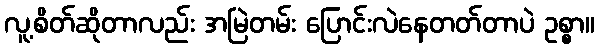
လူ့စိတ်ဆိုတာလည်း အမြဲတမ်း ပြောင်းလဲနေတတ်တာပဲ ဥစ္စာ။